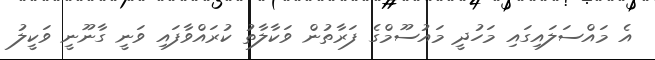
އެ މައްސަލައިގައި މަހުދީ މައުސޫމްގެ ފަރާތުން ވަކާލާތު ކުރައްވާފައި ވަނީ ގާނޫނީ ވަކީލު